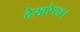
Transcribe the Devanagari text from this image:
देखरेख।